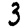
Digit: 3